Civil Veterinary Department Bihar reports 1936-40 - 1936-1940
Year: 1936
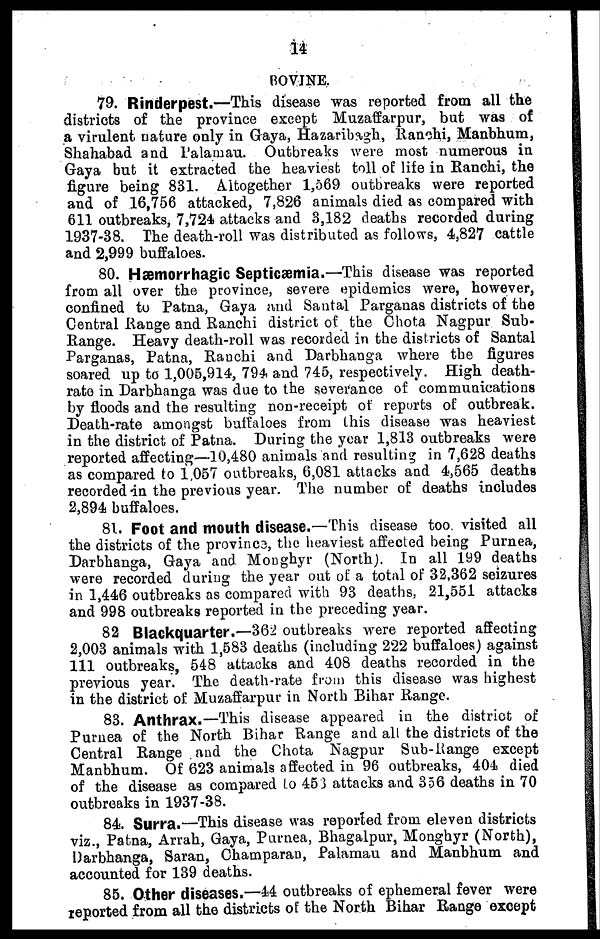
14
BOVINE.
79. Rinderpest.—This disease was reported from all the
districts of the province except Muzaffarpur, but was of
a virulent nature only in Gaya, Hazaribagh, Ranchi, Manbhum,
Shahabad and Palamau. Outbreaks were most numerous in
Gaya but it extracted the heaviest toll of life in Ranchi, the
figure being 831. Altogether 1,569 outbreaks were reported
and of 16,756 attacked, 7,826 animals died as compared with
611 outbreaks, 7,724 attacks and 3,182 deaths recorded during
1937-38. The death-roll was distributed as follows, 4,827 cattle
and 2,999 buffaloes.
80. Hæmorrhagic Septicæmia.—This disease was reported
from all over the province, severe epidemics were, however,
confined to Patna, Gaya and Santal Parganas districts of the
Central Range and Ranchi district of the Chota Nagpur Sub-
Range. Heavy death-roll was recorded in the districts of Santal
Parganas, Patna, Ranchi and Darbhanga where the figures
soared up to 1,005,914, 794 and 745, respectively. High death-
rate in Darbhanga was due to the severance of communications
by floods and the resulting non-receipt of reports of outbreak.
Death-rate amongst buffaloes from this disease was heaviest
in the district of Patna. During the year 1,813 outbreaks were
reported affecting—10,480 animals and resulting in 7,628 deaths
as compared to 1,057 outbreaks, 6,081 attacks and 4,565 deaths
recorded in the previous year. The number of deaths includes
2,894 buffaloes.
81. Foot and mouth disease.—This disease too visited all
the districts of the province, the heaviest affected being Purnea,
Darbhanga, Gaya and Moughyr (North). In all 199 deaths
were recorded during the year out of a total of 32,362 seizures
in 1,446 outbreaks as compared with 93 deaths, 21,551 attacks
and 998 outbreaks reported in the preceding year.
82 Blackquarter.—362 outbreaks were reported affecting
2,003 animals with 1,583 deaths (including 222 buffaloes) against
111 outbreaks, 548 attacks and 408 deaths recorded in the
previous year. The death-rate from this disease was highest
in the district of Muzaffarpur in North Bihar Range.
83. Anthrax.—This disease appeared in the district of
Purnea of the North Bihar Range and all the districts of the
Central Range and the Chota Nagpur Sub-Range except
Manbhum. Of 623 animals affected in 96 outbreaks, 404 died
of the disease as compared to 453 attacks and 356 deaths in 70
outbreaks in 1937-38.
84. Surra.—This disease was reported from eleven districts
viz., Patna, Arrah, Gaya, Purnea, Bhagalpur, Monghyr (North),
Darbhanga, Saran, Champaran, Palamau and Manbhum and
accounted for 139 deaths.
85. Other diseases.—44 outbreaks of ephemeral fever were
reported from all the districts of the North Bihar Range except